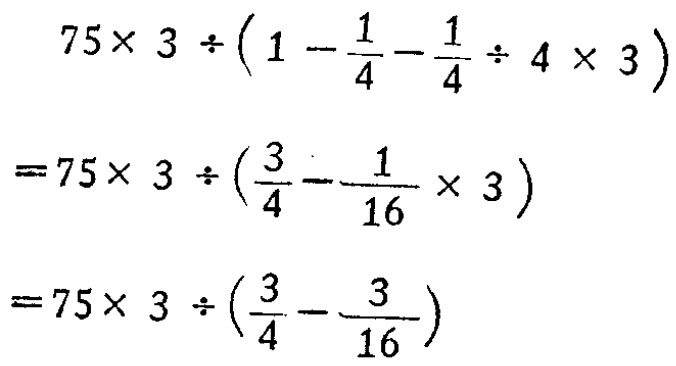
\[
\begin{align*}
&75\times 3\div\left(1 - \frac{1}{4}-\frac{1}{4}\div 4\times 3\right)\\
=&75\times 3\div\left(\frac{3}{4}-\frac{1}{16}\times 3\right)\\
=&75\times 3\div\left(\frac{3}{4}-\frac{3}{16}\right)
\end{align*}
\]